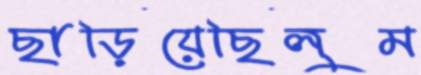
ছাড়িয়েছিলুম